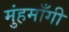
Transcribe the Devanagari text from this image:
मुंहमाँगी